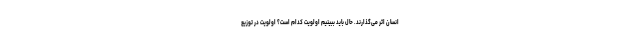
انسان اثر می‌گذارند. حال باید ببینیم اولویت کدام است؟ اولویت در توزیع